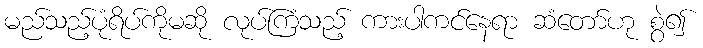
မည်သည့်ပုံရိပ်ကိုမဆို လုပ်ကြံသည့် ကားပါကင်နေရာ ဆံတော်ဟု စွဲ၍